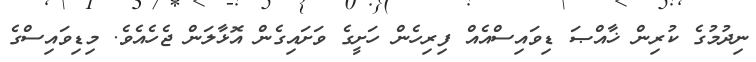
ނިދުމުގެ ކުރިން ޚާއްޞަ ޑިވައިސްއެއް ފިރިހެން ހަށީގެ ވަށައިގެން އޮޅާލަން ޖެހެއެވެ. މިޑިވައިސްގެ